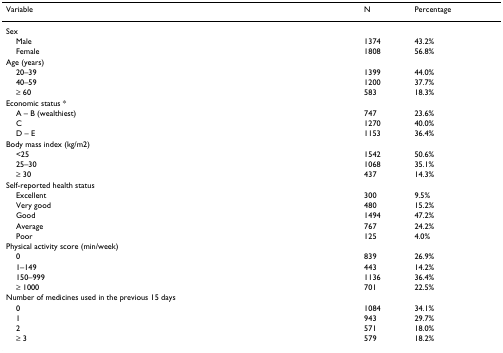
<table><thead><tr><td><b>Variable</b></td><td><b>N</b></td><td><b>Percentage</b></td></tr></thead><tbody><tr><td>Sex</td><td></td><td></td></tr><tr><td> Male</td><td>1374</td><td>43.2%</td></tr><tr><td> Female</td><td>1808</td><td>56.8%</td></tr><tr><td>Age (years)</td><td></td><td></td></tr><tr><td> 20–39</td><td>1399</td><td>44.0%</td></tr><tr><td> 40–59</td><td>1200</td><td>37.7%</td></tr><tr><td> ≥ 60</td><td>583</td><td>18.3%</td></tr><tr><td>Economic status *</td><td></td><td></td></tr><tr><td> A – B (wealthiest)</td><td>747</td><td>23.6%</td></tr><tr><td> C</td><td>1270</td><td>40.0%</td></tr><tr><td> D – E</td><td>1153</td><td>36.4%</td></tr><tr><td>Body mass index (kg/m2)</td><td></td><td></td></tr><tr><td> &lt;25</td><td>1542</td><td>50.6%</td></tr><tr><td> 25–30</td><td>1068</td><td>35.1%</td></tr><tr><td> ≥ 30</td><td>437</td><td>14.3%</td></tr><tr><td>Self-reported health status</td><td></td><td></td></tr><tr><td> Excellent</td><td>300</td><td>9.5%</td></tr><tr><td> Very good</td><td>480</td><td>15.2%</td></tr><tr><td> Good</td><td>1494</td><td>47.2%</td></tr><tr><td> Average</td><td>767</td><td>24.2%</td></tr><tr><td> Poor</td><td>125</td><td>4.0%</td></tr><tr><td>Physical activity score (min/week)</td><td></td><td></td></tr><tr><td> 0</td><td>839</td><td>26.9%</td></tr><tr><td> 1–149</td><td>443</td><td>14.2%</td></tr><tr><td> 150–999</td><td>1136</td><td>36.4%</td></tr><tr><td> ≥ 1000</td><td>701</td><td>22.5%</td></tr><tr><td>Number of medicines used in the previous 15 days</td><td></td><td></td></tr><tr><td> 0</td><td>1084</td><td>34.1%</td></tr><tr><td> 1</td><td>943</td><td>29.7%</td></tr><tr><td> 2</td><td>571</td><td>18.0%</td></tr><tr><td> ≥ 3</td><td>579</td><td>18.2%</td></tr></tbody></table>